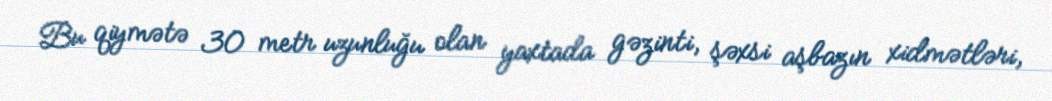
Bu qiymətə 30 metr uzunluğu olan yaxtada gəzinti, şəxsi aşbazın xidmətləri,